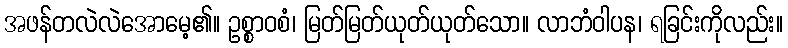
အဖန်တလဲလဲအောမေ့၏။ ဥစ္စာဝစံ၊ မြတ်မြတ်ယုတ်ယုတ်သော။ လာဘံဝါပန၊ ရခြင်းကိုလည်း။